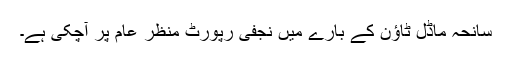
سانحہ ماڈل ٹاﺅن کے بارے میں نجفی رپورٹ منظرِ عام پر آچکی ہے۔